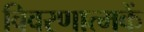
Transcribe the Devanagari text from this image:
विवरणात्मकें